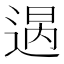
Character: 𨔒